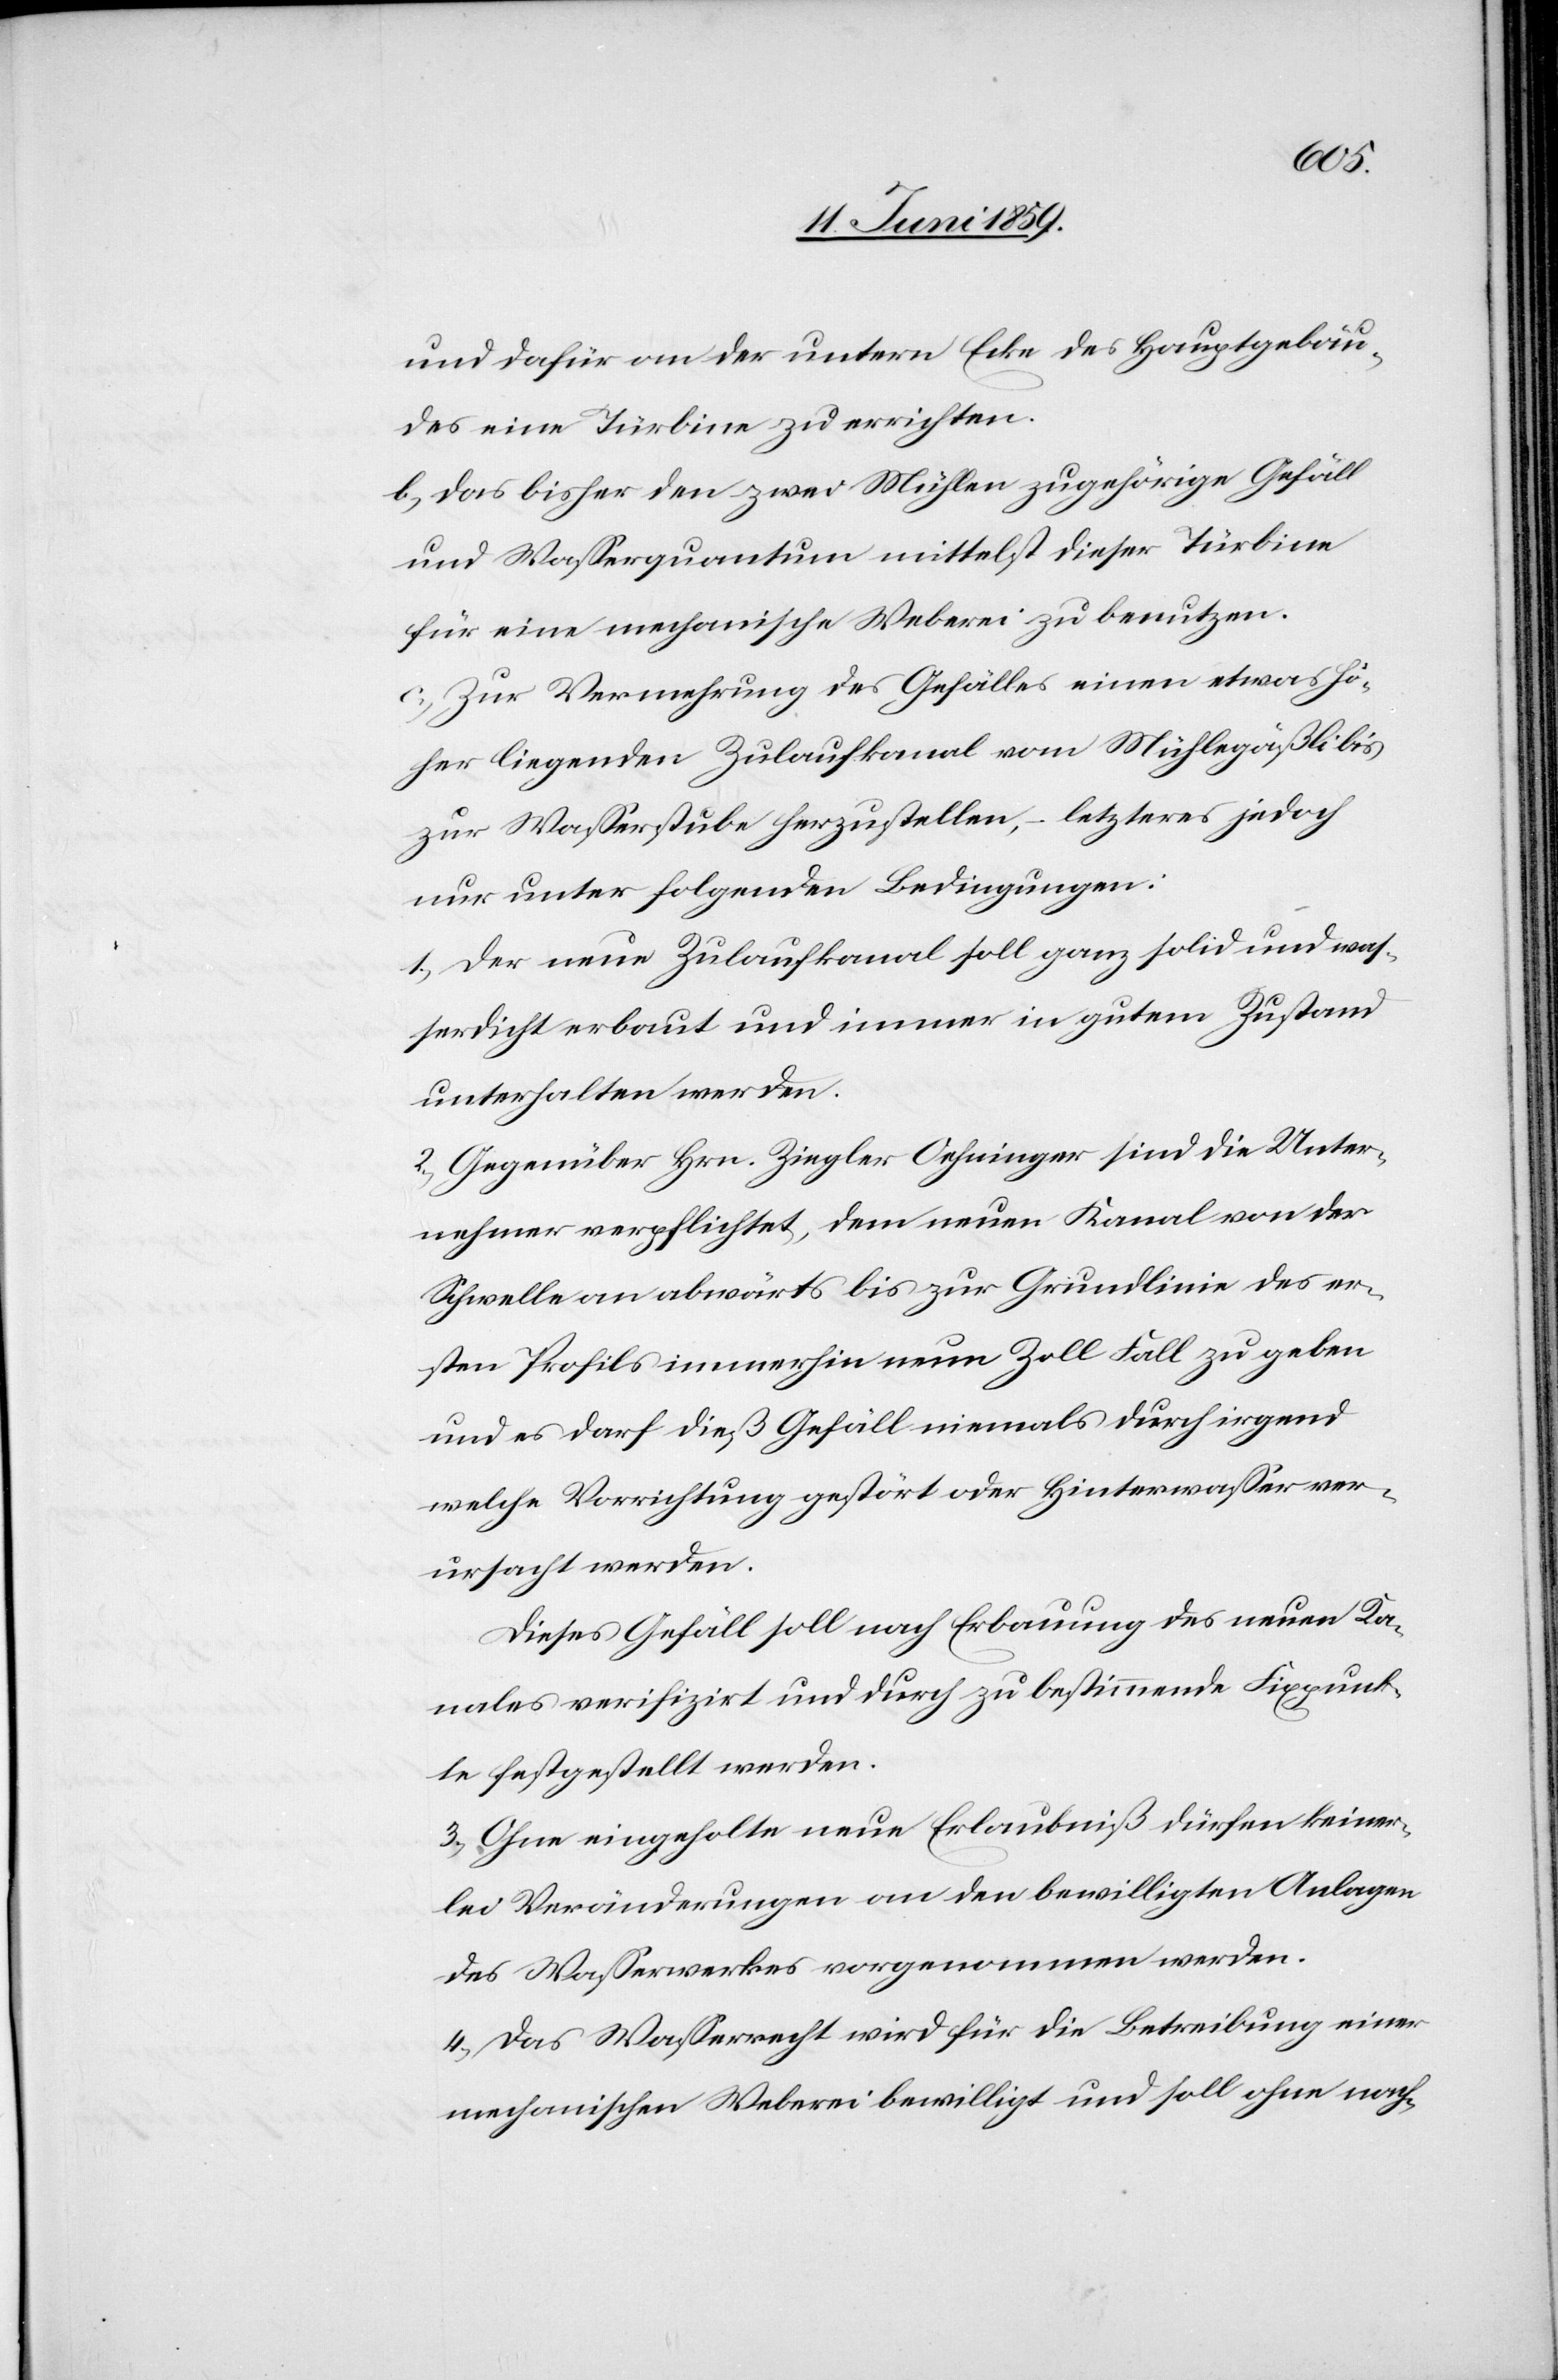
und dafür an der untern Ecke des Hauptgebäu¬
des eine Türbine zu errichten.
b) Das bisher den zwei Mühlen zugehörige Gefäll
und Wasserquantum mittelst dieser Türbine
für eine mechanische Weberei zu benutzen.
c) Zur Vermehrung des Gefälles einen etwas hö¬
her liegenden Zulaufkanal vom Mühlegäßli bis
zur Wasserstube herzustellen, – letzteres jedoch
nur unter folgenden Bedingungen
1) Der neue Zulaufkanal soll ganz solid und was¬
serdicht erbaut und immer in gutem Zustand
unterhalten werden.
2) Gegenüber Hrn. Ziegler Oehninger sind die Unter¬
nehmer verpflichtet, dem neuen Kanal von der
Schwelle an abwärts bis zur Grundlinie des er¬
sten Profils immerhin neun Zoll Fall zu geben
und es darf dieß Gefäll niemals durch irgend
welche Vorrichtung gestört oder Hinterwasser ver¬
ursacht werden.
Dieses Gefäll soll nach Erbauung des neuen Ka¬
nals verifizirt und durch zu bestimmende Fixpunk¬
te festgestellt werden.
3) Ohne eingeholte neue Erlaubniß dürfen keiner¬
lei Veränderungen an den bewilligten Anlagen
des Wasserwerkes vorgenommen werden.
4) Das Wasserrecht wird für die Betreibung einer
mechanischen Weberei bewilligt und soll ohne nach-